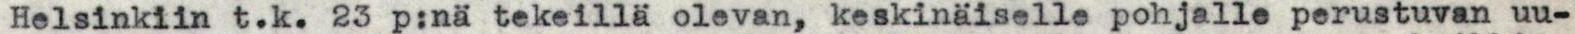
Helsinkiin t.k. 23 p:nä tekeillä olevan, keskinäiselle pohjaile perustuvan uu-